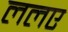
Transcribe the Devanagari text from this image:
ललए